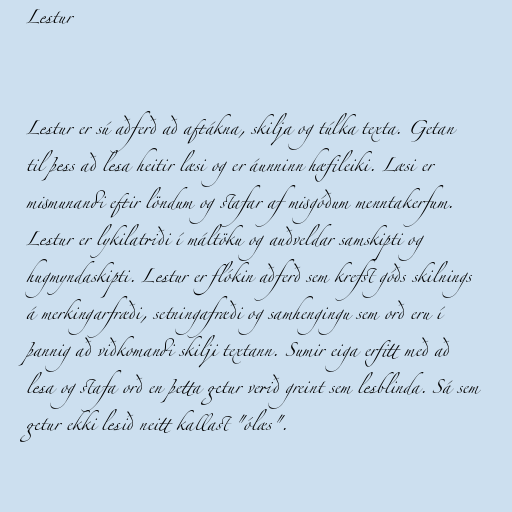
Lestur

Lestur er sú aðferð að aftákna, skilja og túlka texta. Getan
til þess að lesa heitir læsi og er áunninn hæfileiki. Læsi er
mismunandi eftir löndum og stafar af misgóðum menntakerfum.
Lestur er lykilatriði í máltöku og auðveldar samskipti og
hugmyndaskipti. Lestur er flókin aðferð sem krefst góðs skilnings
á merkingarfræði, setningafræði og samhengingu sem orð eru í
þannig að viðkomandi skilji textann. Sumir eiga erfitt með að
lesa og stafa orð en þetta getur verið greint sem lesblinda. Sá sem
getur ekki lesið neitt kallast "ólæs".